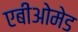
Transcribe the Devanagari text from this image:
एबीओमेड